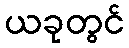
ယခုတွင်